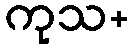
ကုသ+